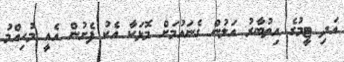
އަދި ޓީމުގެ އިތުބާރު އަލުން ގެނައުމަށް މޮޅަކާ އެކު ފެށުން އެއީ މުހިއްމު